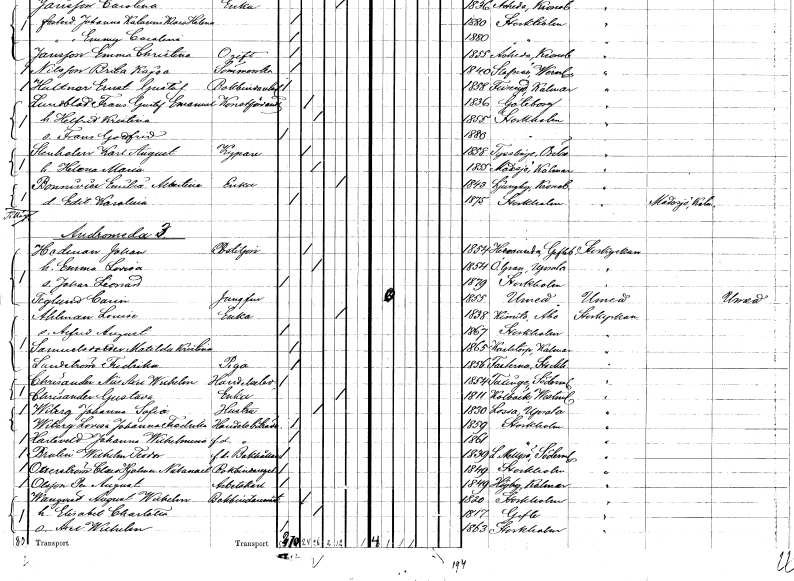
gt_parse: households: individuals: FN: Karl August
EN: Stenholm
YRKE: Kypare
KON: M
CIV: G
FODAR: 1858
FODFORS: Tysslinge Örebro län
FN: Helena Maria
KON: K
CIV: G
FODAR: 1855
FODFORS: Madesjö Kalmar län
FN: Emilia Albertina
EN: Bonnivier
YRKE: Änka
KON: K
CIV: E
FODAR: 1843
FODFORS: Ljungby Kronobergs län
FN: Edit Karolina
KON: K
CIV: O
FODAR: 1875
FODFORS: Stockholm
FN: Johan
EN: Hedman
YRKE: Postiljon
KON: M
CIV: G
FODAR: 1854
FODFORS: Hedesunda Gävleborgs län
FN: Emma Lovisa
KON: K
CIV: G
FODAR: 1854
FODFORS: Övergran Uppsala län
FN: Johan Leonard
KON: M
CIV: O
FODAR: 1879
FODFORS: Stockholm
FN: Carin
EN: Teglund
YRKE: Jungfru
KON: K
CIV: O
FODAR: 1855
FODFORS: Umeå Västerbottens län
FN: Lovisa
EN: Ahlman
YRKE: Änka
KON: K
CIV: E
FODAR: 1838
FN: Alfred August
KON: M
CIV: O
FODAR: 1867
FODFORS: Stockholm
FN: Matilda Kristina
EN: Samuelsdotter
KON: K
CIV: O
FODAR: 1865
FODFORS: Karlstorp Jönköpings län
FN: Fredrika
EN: Sundström
YRKE: Piga
KON: K
CIV: O
FODAR: 1856
FODFORS: Fasterna Stockholms län
FN: Nils Axel Wilhelm
EN: Chrisander
YRKE: Handelselev
KON: M
CIV: O
FODAR: 1854
FODFORS: Taxinge Stockholms län
FN: Gustava
EN: Chrisander
YRKE: Änka
KON: K
CIV: E
FODAR: 1811
FODFORS: Kolbäck Västmanlands län
FN: Johanna Sofia
EN: Wiberg
YRKE: Hustru
KON: K
CIV: G
FODAR: 1830
FODFORS: Lossa Stockholms län
FN: Lovisa Johanna Fredrika
EN: Wiberg
YRKE: Handelsbiträde
KON: K
CIV: O
FODAR: 1859
FODFORS: Stockholm
FN: Johanna Wilhelmina
EN: Harteveld
YRKE: Handelsbiträde f.d.
KON: K
CIV: O
FODAR: 1861
FODFORS: Stockholm
FN: Wilhelm Teodor
EN: Brulin
YRKE: Bokhållare f.d.
KON: M
CIV: O
FODAR: 1839
FODFORS: Lilla Mellösa Södermanlands län
FN: Clas Hjalmar Natanael
EN: Otterström
YRKE: Bokbindaregesäll
KON: M
CIV: O
FODAR: 1849
FODFORS: Stockholm
FN: Per August
EN: Olsson
YRKE: Arbetskarl
KON: M
CIV: O
FODAR: 1849
FODFORS: Högby Kalmar län
FN: August Wilhelm
EN: Wanqvist
YRKE: Bokbinderimästare
KON: M
CIV: G
FODAR: 1820
FODFORS: Stockholm
FN: Elisabet Charlotta
KON: K
CIV: G
FODAR: 1817
FODFORS: Gävle Gävleborgs län
FN: Axel Wilhelm
KON: M
CIV: O
FODAR: 1863
FODFORS: Stockholm